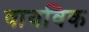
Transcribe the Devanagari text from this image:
वायविक